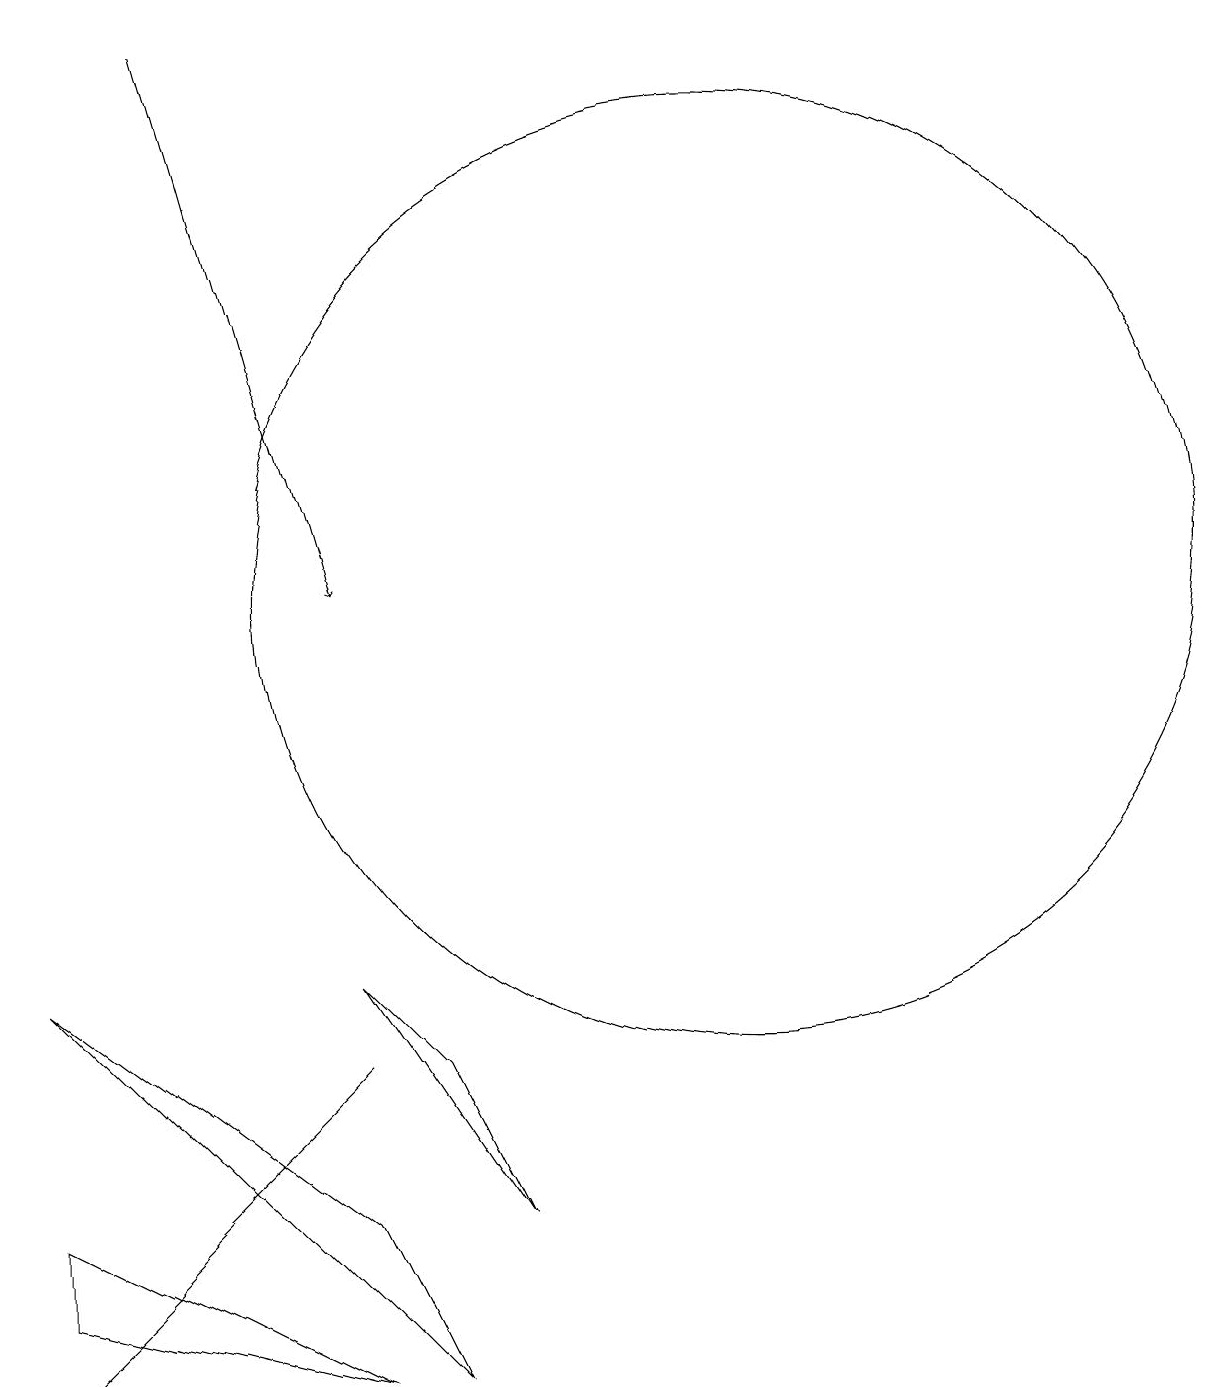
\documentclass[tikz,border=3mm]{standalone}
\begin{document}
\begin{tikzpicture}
\draw (7,4) -- (3,7) -- (8,2) -- cycle;
\draw (6,5) -- (7,6) -- (3,2) -- cycle;
\draw[->] (5,19) -- (7,12);
\draw (12,12) circle (6);
\draw (8,6) -- (9,4) -- (7,7) -- cycle;
\draw (7,2) -- (3,4) -- (3,3) -- cycle;
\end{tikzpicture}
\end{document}